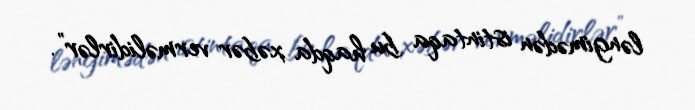
ləngimədən istintaqa bu haqda xəbər verməlidirlər”.